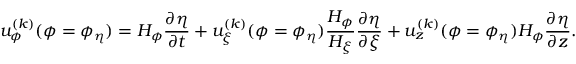
u _ { \phi } ^ { ( k ) } ( \phi = \phi _ { \eta } ) = H _ { \phi } \frac { \partial \eta } { \partial t } + u _ { \xi } ^ { ( k ) } ( \phi = \phi _ { \eta } ) \frac { H _ { \phi } } { H _ { \xi } } \frac { \partial \eta } { \partial \xi } + u _ { z } ^ { ( k ) } ( \phi = \phi _ { \eta } ) H _ { \phi } \frac { \partial \eta } { \partial z } .